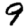
Digit: 9